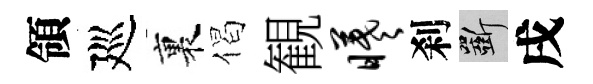
領廵裏偈観曦刹斫戌